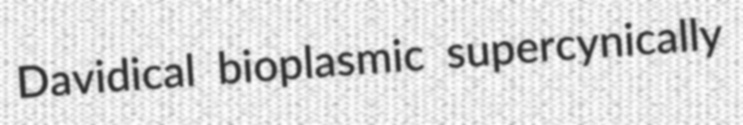
Davidical bioplasmic supercynically